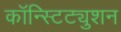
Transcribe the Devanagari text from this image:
कॉन्स्टिट्युशन